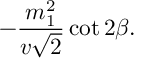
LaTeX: - { \frac { m _ { 1 } ^ { 2 } } { v \sqrt 2 } } \cot 2 \beta .